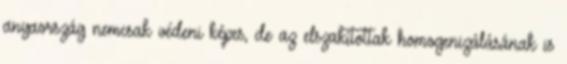
anyaország nemcsak védeni képes, de az elszakítottak homogenizálásának is